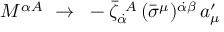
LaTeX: M ^ { \alpha A } ~ \to ~ - { \bar { \zeta } } _ { \dot { \alpha } } ^ { ~ A } \, ( \bar { \sigma } ^ { \mu } ) ^ { \dot { \alpha } \beta } \, a _ { \mu } ^ { \prime }